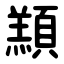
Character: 䫞